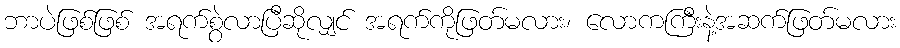
ဘာပဲဖြစ်ဖြစ် အရက်စွဲလာပြီဆိုလျှင် အရက်ကိုဖြတ်မလား၊ လောကကြီးနဲ့အဆက်ဖြတ်မလား